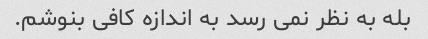
بله به نظر نمی رسد به اندازه کافی بنوشم.